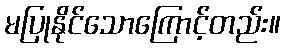
မပြုနိုင်သောကြောင့်တည်း။